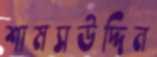
শামসউদ্দিন